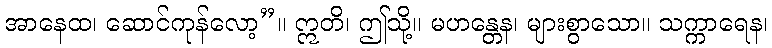
အာနေထ၊ ဆောင်ကုန်လော့”။ ဣတိ၊ ဤသို့။ မဟန္တေန၊ များစွာသော။ သက္ကာရေန၊